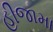
હીજામા